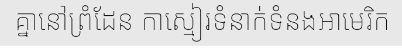
គ្នានៅព្រំដែន កាស្មៀរទំនាក់ទំនងអាមេរិក